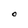
Character: O